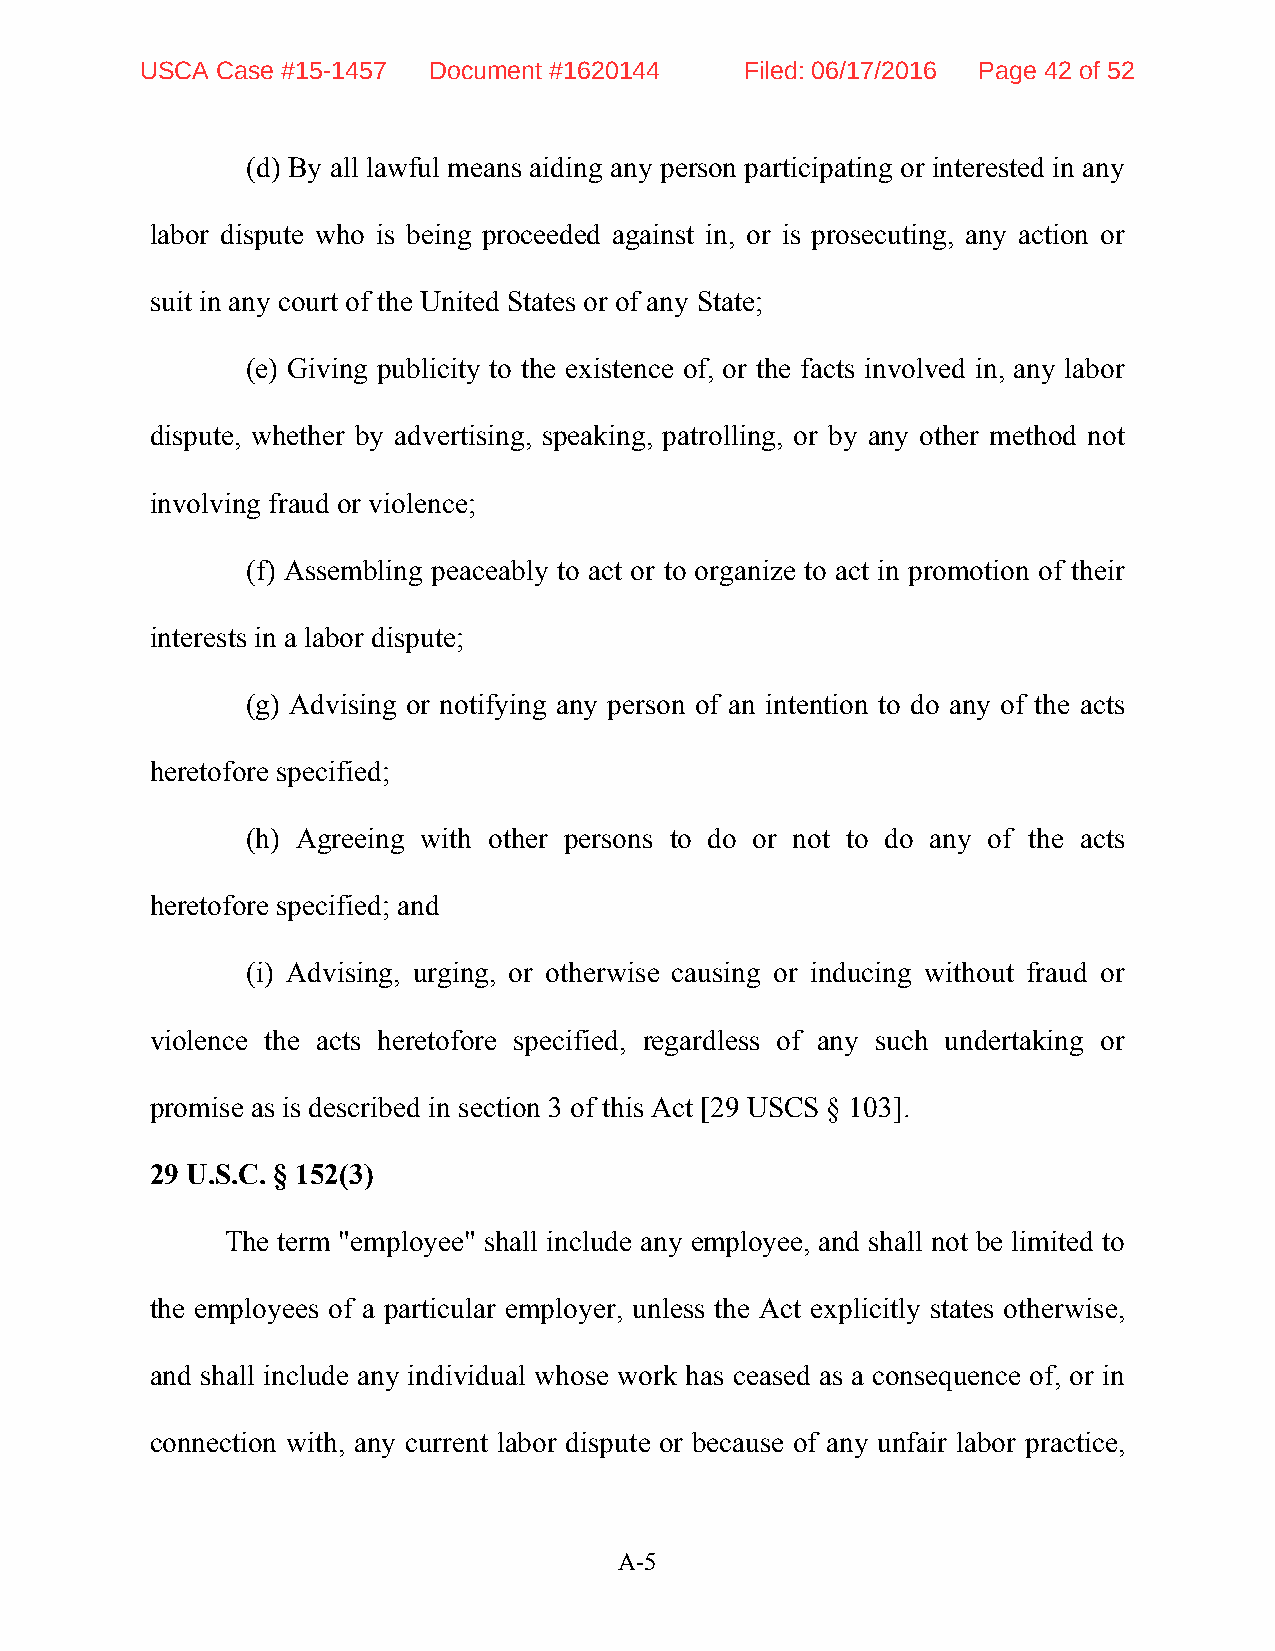
USCA Case #15-1457 Document #1620144    Filed: 06/17/2016 Page 42 of 52
 (d) By all lawful means aiding any person participating or interested in any
 labor dispute who is being proceeded against in, or is prosecuting, any action or
 suit in any court of the United States or of any State;
 (e) Giving publicity to the existence of, or the facts involved in, any labor
 dispute, whether by advertising, speaking, patrolling, or by any other method not
 involving fraud or violence;
 (f) Assembling peaceably to act or to organize to act in promotion of their
 interests in a labor dispute;
 (g) Advising or notifying any person of an intention to do any of the acts
 heretofore specified;
 (h) Agreeing with other persons to do or not to do any of the acts
 heretofore specified; and
 (i) Advising, urging, or otherwise causing or inducing without fraud or
 violence the acts heretofore specified, regardless of any such undertaking or
 promise as is described in section 3 of this Act [29 USCS § 103].
 29 U.S.C. § 152(3)
 The term "employee" shall include any employee, and shall not be limited to
 the employees of a particular employer, unless the Act explicitly states otherwise,
 and shall include any individual whose work has ceased as a consequence of, or in
 connection with, any current labor dispute or because of any unfair labor practice,
 A-5